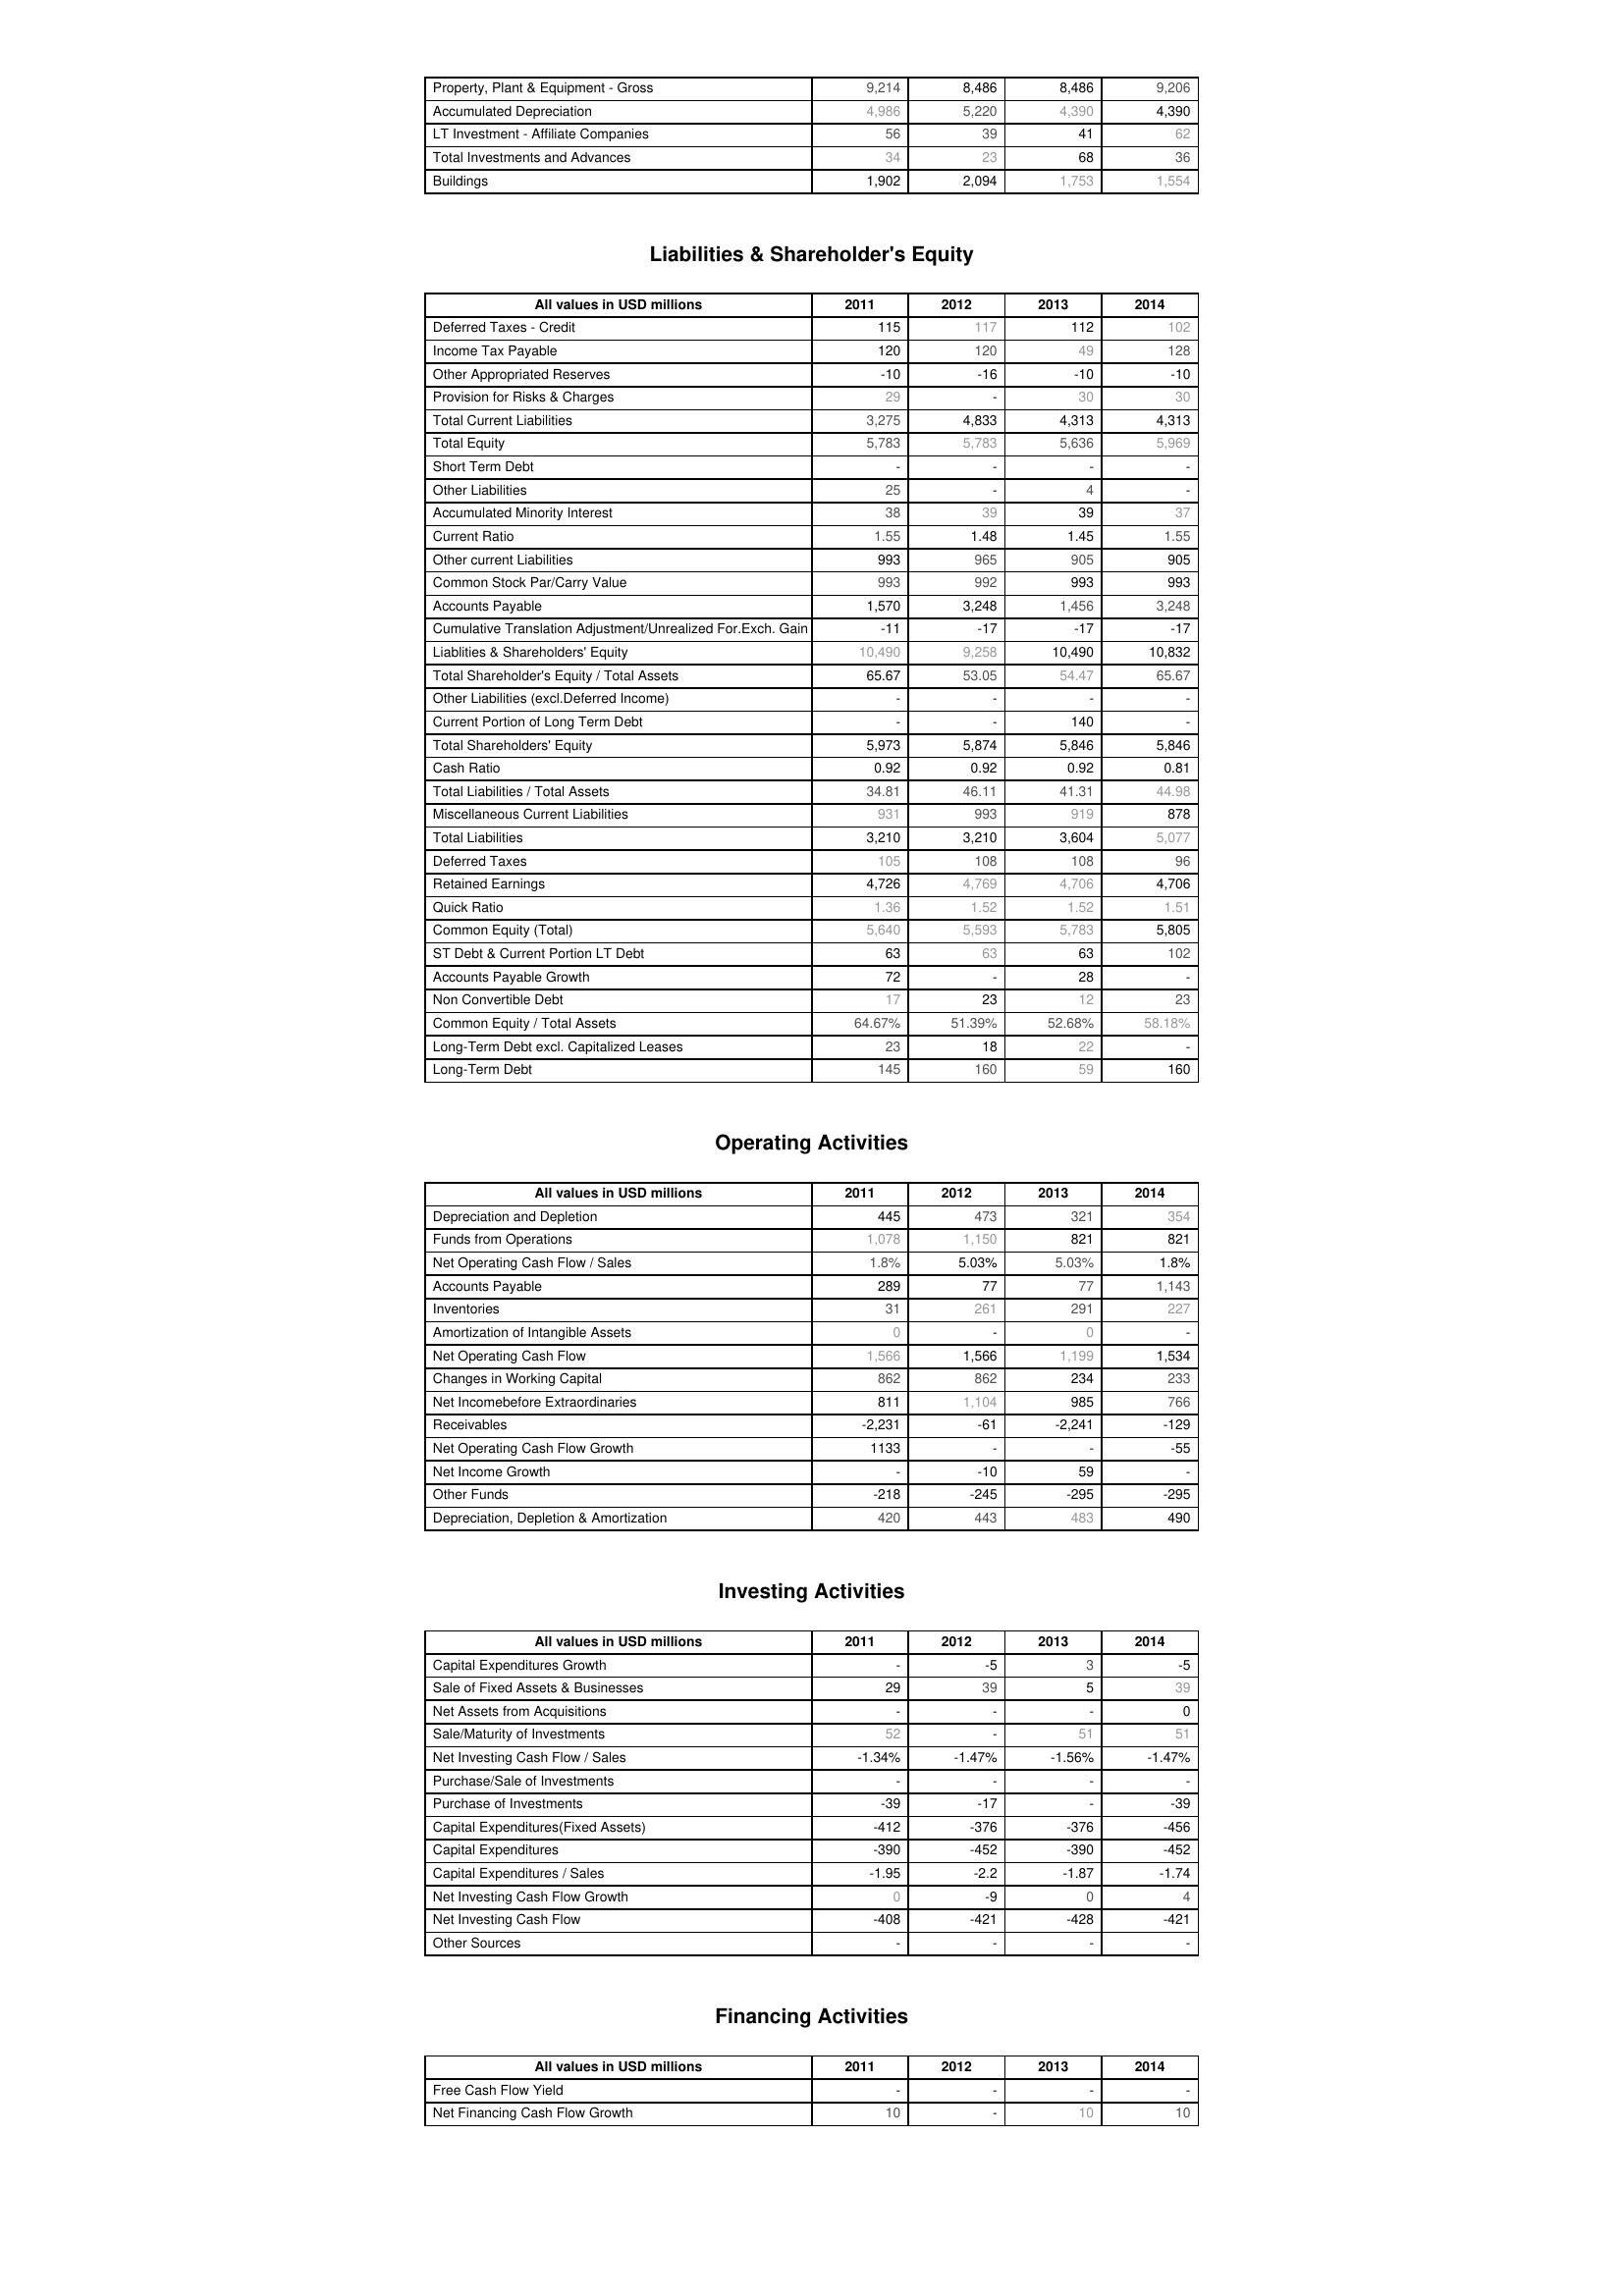
2011: Assets: Property, Plant & Equipment - Gross : 9,214
Accumulated Depreciation: 4,986
LT Investment - Affiliate Companies: 56
Total Investments and Advances: 34
Buildings: 1,902
Liabilities & Shareholder's Equity: Deferred Taxes - Credit: 115
Income Tax Payable: 120
Other Appropriated Reserves: -10
Provision for Risks & Charges: 29
Total Current Liabilities: 3,275
Total Equity: 5,783
Short Term Debt: -
Other Liabilities: 25
Accumulated Minority Interest: 38
Current Ratio: 1.55
Other current Liabilities: 993
Common Stock Par/Carry Value: 993
Accounts Payable: 1,570
Cumulative Translation Adjustment/Unrealized For.Exch. Gain: -11
Liablities & Shareholders' Equity: 10,490
Total Shareholder's Equity / Total Assets: 65.67
Other Liabilities (excl.Deferred Income): -
Current Portion of Long Term Debt: -
Total Shareholders' Equity: 5,973
Cash Ratio: 0.92
Total Liabilities / Total Assets: 34.81
Miscellaneous Current Liabilities: 931
Total Liabilities: 3,210
Deferred Taxes: 105
Retained Earnings: 4,726
Quick Ratio: 1.36
Common Equity (Total): 5,640
ST Debt & Current Portion LT Debt: 63
Accounts Payable Growth: 72
Non Convertible Debt: 17
Common Equity / Total Assets: 64.67%
Long-Term Debt excl. Capitalized Leases: 23
Long-Term Debt: 145
Operating Activities: Depreciation and Depletion: 445
Funds from Operations: 1,078
Net Operating Cash Flow / Sales: 1.8%
Accounts Payable: 289
Inventories: 31
Amortization of Intangible Assets: 0
Net Operating Cash Flow: 1,566
Changes in Working Capital: 862
Net Incomebefore Extraordinaries: 811
Receivables: -2,231
Net Operating Cash Flow Growth: 1133
Net Income Growth: -
Other Funds: -218
Depreciation, Depletion & Amortization: 420
Investing Activities: Capital Expenditures Growth: -
Sale of Fixed Assets & Businesses: 29
Net Assets from Acquisitions: -
Sale/Maturity of Investments: 52
Net Investing Cash Flow / Sales: -1.34%
Purchase/Sale of Investments: -
Purchase of Investments: -39
Capital Expenditures(Fixed Assets): -412
Capital Expenditures: -390
Capital Expenditures / Sales: -1.95
Net Investing Cash Flow Growth: 0
Net Investing Cash Flow: -408
Other Sources: -
Financing Activities: Free Cash Flow Yield: -
Net Financing Cash Flow Growth: 10
2012: Assets: Property, Plant & Equipment - Gross : 8,486
Accumulated Depreciation: 5,220
LT Investment - Affiliate Companies: 39
Total Investments and Advances: 23
Buildings: 2,094
Liabilities & Shareholder's Equity: Deferred Taxes - Credit: 117
Income Tax Payable: 120
Other Appropriated Reserves: -16
Provision for Risks & Charges: -
Total Current Liabilities: 4,833
Total Equity: 5,783
Short Term Debt: -
Other Liabilities: -
Accumulated Minority Interest: 39
Current Ratio: 1.48
Other current Liabilities: 965
Common Stock Par/Carry Value: 992
Accounts Payable: 3,248
Cumulative Translation Adjustment/Unrealized For.Exch. Gain: -17
Liablities & Shareholders' Equity: 9,258
Total Shareholder's Equity / Total Assets: 53.05
Other Liabilities (excl.Deferred Income): -
Current Portion of Long Term Debt: -
Total Shareholders' Equity: 5,874
Cash Ratio: 0.92
Total Liabilities / Total Assets: 46.11
Miscellaneous Current Liabilities: 993
Total Liabilities: 3,210
Deferred Taxes: 108
Retained Earnings: 4,769
Quick Ratio: 1.52
Common Equity (Total): 5,593
ST Debt & Current Portion LT Debt: 63
Accounts Payable Growth: -
Non Convertible Debt: 23
Common Equity / Total Assets: 51.39%
Long-Term Debt excl. Capitalized Leases: 18
Long-Term Debt: 160
Operating Activities: Depreciation and Depletion: 473
Funds from Operations: 1,150
Net Operating Cash Flow / Sales: 5.03%
Accounts Payable: 77
Inventories: 261
Amortization of Intangible Assets: -
Net Operating Cash Flow: 1,566
Changes in Working Capital: 862
Net Incomebefore Extraordinaries: 1,104
Receivables: -61
Net Operating Cash Flow Growth: -
Net Income Growth: -10
Other Funds: -245
Depreciation, Depletion & Amortization: 443
Investing Activities: Capital Expenditures Growth: -5
Sale of Fixed Assets & Businesses: 39
Net Assets from Acquisitions: -
Sale/Maturity of Investments: -
Net Investing Cash Flow / Sales: -1.47%
Purchase/Sale of Investments: -
Purchase of Investments: -17
Capital Expenditures(Fixed Assets): -376
Capital Expenditures: -452
Capital Expenditures / Sales: -2.2
Net Investing Cash Flow Growth: -9
Net Investing Cash Flow: -421
Other Sources: -
Financing Activities: Free Cash Flow Yield: -
Net Financing Cash Flow Growth: -
2013: Assets: Property, Plant & Equipment - Gross : 8,486
Accumulated Depreciation: 4,390
LT Investment - Affiliate Companies: 41
Total Investments and Advances: 68
Buildings: 1,753
Liabilities & Shareholder's Equity: Deferred Taxes - Credit: 112
Income Tax Payable: 49
Other Appropriated Reserves: -10
Provision for Risks & Charges: 30
Total Current Liabilities: 4,313
Total Equity: 5,636
Short Term Debt: -
Other Liabilities: 4
Accumulated Minority Interest: 39
Current Ratio: 1.45
Other current Liabilities: 905
Common Stock Par/Carry Value: 993
Accounts Payable: 1,456
Cumulative Translation Adjustment/Unrealized For.Exch. Gain: -17
Liablities & Shareholders' Equity: 10,490
Total Shareholder's Equity / Total Assets: 54.47
Other Liabilities (excl.Deferred Income): -
Current Portion of Long Term Debt: 140
Total Shareholders' Equity: 5,846
Cash Ratio: 0.92
Total Liabilities / Total Assets: 41.31
Miscellaneous Current Liabilities: 919
Total Liabilities: 3,604
Deferred Taxes: 108
Retained Earnings: 4,706
Quick Ratio: 1.52
Common Equity (Total): 5,783
ST Debt & Current Portion LT Debt: 63
Accounts Payable Growth: 28
Non Convertible Debt: 12
Common Equity / Total Assets: 52.68%
Long-Term Debt excl. Capitalized Leases: 22
Long-Term Debt: 59
Operating Activities: Depreciation and Depletion: 321
Funds from Operations: 821
Net Operating Cash Flow / Sales: 5.03%
Accounts Payable: 77
Inventories: 291
Amortization of Intangible Assets: 0
Net Operating Cash Flow: 1,199
Changes in Working Capital: 234
Net Incomebefore Extraordinaries: 985
Receivables: -2,241
Net Operating Cash Flow Growth: -
Net Income Growth: 59
Other Funds: -295
Depreciation, Depletion & Amortization: 483
Investing Activities: Capital Expenditures Growth: 3
Sale of Fixed Assets & Businesses: 5
Net Assets from Acquisitions: -
Sale/Maturity of Investments: 51
Net Investing Cash Flow / Sales: -1.56%
Purchase/Sale of Investments: -
Purchase of Investments: -
Capital Expenditures(Fixed Assets): -376
Capital Expenditures: -390
Capital Expenditures / Sales: -1.87
Net Investing Cash Flow Growth: 0
Net Investing Cash Flow: -428
Other Sources: -
Financing Activities: Free Cash Flow Yield: -
Net Financing Cash Flow Growth: 10
2014: Assets: Property, Plant & Equipment - Gross : 9,206
Accumulated Depreciation: 4,390
LT Investment - Affiliate Companies: 62
Total Investments and Advances: 36
Buildings: 1,554
Liabilities & Shareholder's Equity: Deferred Taxes - Credit: 102
Income Tax Payable: 128
Other Appropriated Reserves: -10
Provision for Risks & Charges: 30
Total Current Liabilities: 4,313
Total Equity: 5,969
Short Term Debt: -
Other Liabilities: -
Accumulated Minority Interest: 37
Current Ratio: 1.55
Other current Liabilities: 905
Common Stock Par/Carry Value: 993
Accounts Payable: 3,248
Cumulative Translation Adjustment/Unrealized For.Exch. Gain: -17
Liablities & Shareholders' Equity: 10,832
Total Shareholder's Equity / Total Assets: 65.67
Other Liabilities (excl.Deferred Income): -
Current Portion of Long Term Debt: -
Total Shareholders' Equity: 5,846
Cash Ratio: 0.81
Total Liabilities / Total Assets: 44.98
Miscellaneous Current Liabilities: 878
Total Liabilities: 5,077
Deferred Taxes: 96
Retained Earnings: 4,706
Quick Ratio: 1.51
Common Equity (Total): 5,805
ST Debt & Current Portion LT Debt: 102
Accounts Payable Growth: -
Non Convertible Debt: 23
Common Equity / Total Assets: 58.18%
Long-Term Debt excl. Capitalized Leases: -
Long-Term Debt: 160
Operating Activities: Depreciation and Depletion: 354
Funds from Operations: 821
Net Operating Cash Flow / Sales: 1.8%
Accounts Payable: 1,143
Inventories: 227
Amortization of Intangible Assets: -
Net Operating Cash Flow: 1,534
Changes in Working Capital: 233
Net Incomebefore Extraordinaries: 766
Receivables: -129
Net Operating Cash Flow Growth: -55
Net Income Growth: -
Other Funds: -295
Depreciation, Depletion & Amortization: 490
Investing Activities: Capital Expenditures Growth: -5
Sale of Fixed Assets & Businesses: 39
Net Assets from Acquisitions: 0
Sale/Maturity of Investments: 51
Net Investing Cash Flow / Sales: -1.47%
Purchase/Sale of Investments: -
Purchase of Investments: -39
Capital Expenditures(Fixed Assets): -456
Capital Expenditures: -452
Capital Expenditures / Sales: -1.74
Net Investing Cash Flow Growth: 4
Net Investing Cash Flow: -421
Other Sources: -
Financing Activities: Free Cash Flow Yield: -
Net Financing Cash Flow Growth: 10